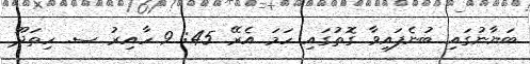
ބަޔާނުގައި ބުނެފައިވާ ގޮތުގައި ހަމަ އެރޭ 45: 9 ހާއިރު ސ. ހިތަދޫ